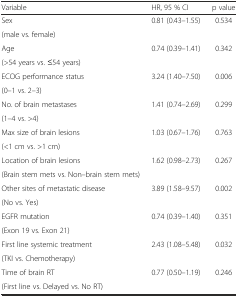
<table><thead><tr><td><b>Variable</b></td><td><b>HR, 95 % CI</b></td><td><b>p value</b></td></tr></thead><tbody><tr><td>Sex</td><td rowspan="2">0.81 (0.43–1.55)</td><td rowspan="2">0.534</td></tr><tr><td>(male vs. female)</td></tr><tr><td>Age</td><td rowspan="2">0.74 (0.39–1.41)</td><td rowspan="2">0.342</td></tr><tr><td>(&gt;54 years vs. ≤54 years)</td></tr><tr><td>ECOG performance status</td><td rowspan="2">3.24 (1.40–7.50)</td><td rowspan="2">0.006</td></tr><tr><td>(0–1 vs. 2–3)</td></tr><tr><td>No. of brain metastases</td><td rowspan="2">1.41 (0.74–2.69)</td><td rowspan="2">0.299</td></tr><tr><td>(1–4 vs. &gt;4)</td></tr><tr><td>Max size of brain lesions</td><td rowspan="2">1.03 (0.67–1.76)</td><td rowspan="2">0.763</td></tr><tr><td>(&lt;1 cm vs. &gt;1 cm)</td></tr><tr><td>Location of brain lesions</td><td rowspan="2">1.62 (0.98–2.73)</td><td rowspan="2">0.267</td></tr><tr><td>(Brain stem mets vs. Non–brain stem mets)</td></tr><tr><td>Other sites of metastatic disease</td><td rowspan="2">3.89 (1.58–9.57)</td><td rowspan="2">0.002</td></tr><tr><td>(No vs. Yes)</td></tr><tr><td>EGFR mutation</td><td rowspan="2">0.74 (0.39–1.40)</td><td rowspan="2">0.351</td></tr><tr><td>(Exon 19 vs. Exon 21)</td></tr><tr><td>First line systemic treatment</td><td rowspan="2">2.43 (1.08–5.48)</td><td rowspan="2">0.032</td></tr><tr><td>(TKI vs. Chemotherapy)</td></tr><tr><td>Time of brain RT</td><td rowspan="2">0.77 (0.50–1.19)</td><td rowspan="2">0.246</td></tr><tr><td>(First line vs. Delayed vs. No RT)</td></tr></tbody></table>